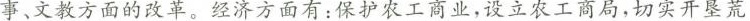
事、文教方面的改革。经济方面有：保护农工商业，设立农工商局，切实开垦荒